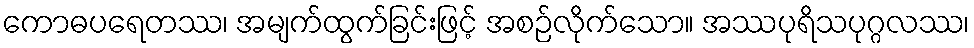
ကောဓပရေတဿ၊ အမျက်ထွက်ခြင်းဖြင့် အစဉ်လိုက်သော။ အဿပုရိသပုဂ္ဂလဿ၊